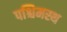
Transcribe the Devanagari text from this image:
पश्चिमस्थ